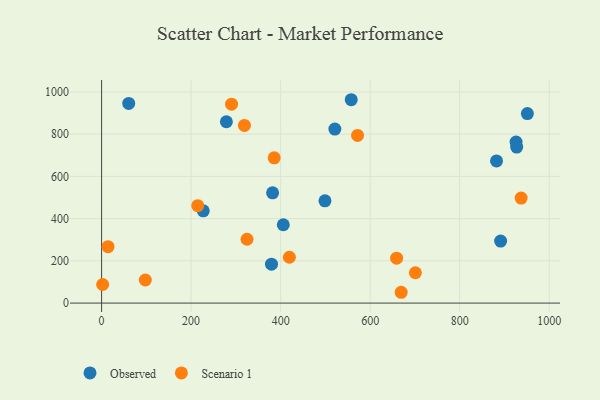
{"axis": {"x": "Engine Size", "y": "Sales"}, "legend": ["Observed", "Scenario 1"], "data": [{"x": "278.8", "y": 858.8, "type": "Observed"}, {"x": "557.7", "y": 963.0, "type": "Observed"}, {"x": "382.0", "y": 522.1, "type": "Observed"}, {"x": "951.2", "y": 897.5, "type": "Observed"}, {"x": "927.3", "y": 738.7, "type": "Observed"}, {"x": "379.6", "y": 184.4, "type": "Observed"}, {"x": "891.4", "y": 293.7, "type": "Observed"}, {"x": "227.1", "y": 436.9, "type": "Observed"}, {"x": "405.9", "y": 371.0, "type": "Observed"}, {"x": "882.3", "y": 673.0, "type": "Observed"}, {"x": "926.0", "y": 762.4, "type": "Observed"}, {"x": "499.0", "y": 484.4, "type": "Observed"}, {"x": "60.6", "y": 945.6, "type": "Observed"}, {"x": "521.1", "y": 824.1, "type": "Observed"}, {"x": "290.3", "y": 941.9, "type": "Scenario 1"}, {"x": "937.3", "y": 497.4, "type": "Scenario 1"}, {"x": "14.4", "y": 267.3, "type": "Scenario 1"}, {"x": "319.1", "y": 841.2, "type": "Scenario 1"}, {"x": "669.3", "y": 51.2, "type": "Scenario 1"}, {"x": "419.5", "y": 217.0, "type": "Scenario 1"}, {"x": "324.9", "y": 302.3, "type": "Scenario 1"}, {"x": "659.1", "y": 212.5, "type": "Scenario 1"}, {"x": "2.3", "y": 88.1, "type": "Scenario 1"}, {"x": "571.8", "y": 793.9, "type": "Scenario 1"}, {"x": "97.7", "y": 109.3, "type": "Scenario 1"}, {"x": "385.6", "y": 687.9, "type": "Scenario 1"}, {"x": "701.0", "y": 143.7, "type": "Scenario 1"}, {"x": "214.8", "y": 461.5, "type": "Scenario 1"}]}